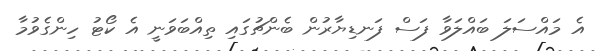
އެ މައްސަލަ ބައްލަވާ ފަސް ފަނޑިޔާރުން ބެންޗުގައި ތިއްބަވަނީ އެ ކޯޓު ހިންގެވުމާ